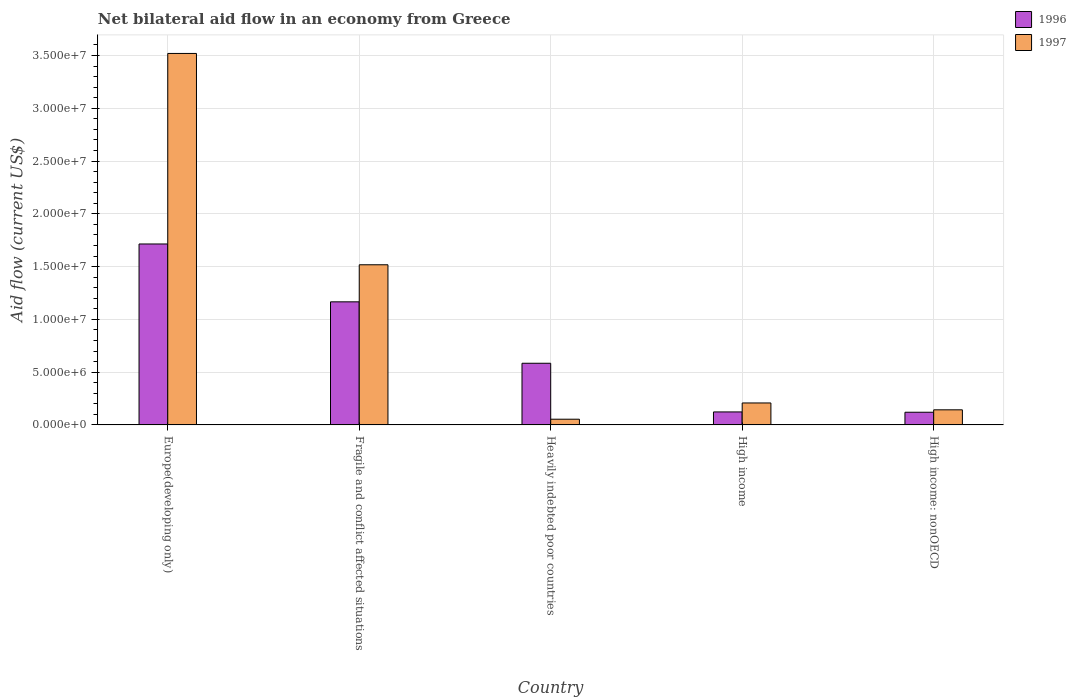
| Country | 1996 | 1997 |
 | --- | --- | --- |
 | Europe(developing only) | 1.71e+07 | 3.52e+07 |
 | Fragile and conflict affected situations | 1.17e+07 | 1.52e+07 |
 | Heavily indebted poor countries | 5.84e+06 | 5.4e+05 |
 | High income | 1.23e+06 | 2.08e+06 |
 | High income: nonOECD | 1.2e+06 | 1.43e+06 |